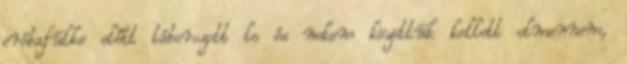
próbafülke előtt táborozott le és nekem közöttük kellett elmennem,